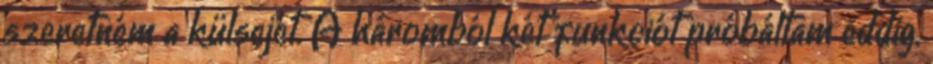
szeretném a külsejét. A háromból két funkciót próbáltam eddig,